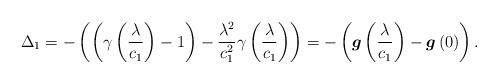
LaTeX: \begin{gather*}\Delta_{1}=-\left(\left(\gamma\left(\frac{\lambda}{c_{1}}\right)-1\right)-\frac{\lambda^{2}}{c_{1}^{2}}\gamma\left(\frac{\lambda}{c_{1}}\right)\right)=-\left(\boldsymbol{g}\left(\frac{\lambda}{c_{1}}\right)-\boldsymbol{g}\left(0\right)\right).\end{gather*}